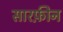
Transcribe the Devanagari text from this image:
सारफ़ीन